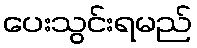
ပေးသွင်းရမည်